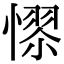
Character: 𢟺